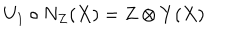
U _ { 1 } \circ N _ { Z } ( X ) = Z \otimes Y ( X )